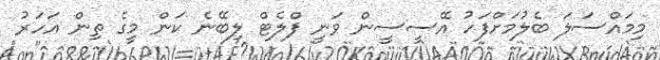
މިމައްސަލަ ބެލުމަށްފަހު އޭސީސީން ވަނީ ފްލެޓް ލިބޭނެ ކަން މީގެ ތިން އަހަރު